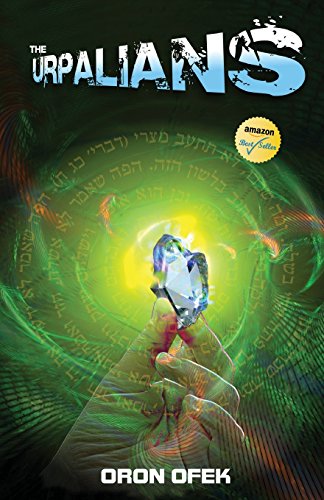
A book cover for The Urpalians; Oron Ofek; Romance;